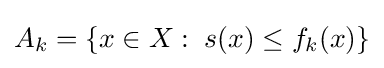
A_{k}=\{x\in X:\;s(x)\leq f_{k}(x)\}